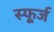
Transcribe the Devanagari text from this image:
स्फूर्ज